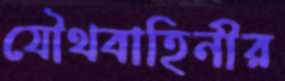
যৌথবাহিনীর